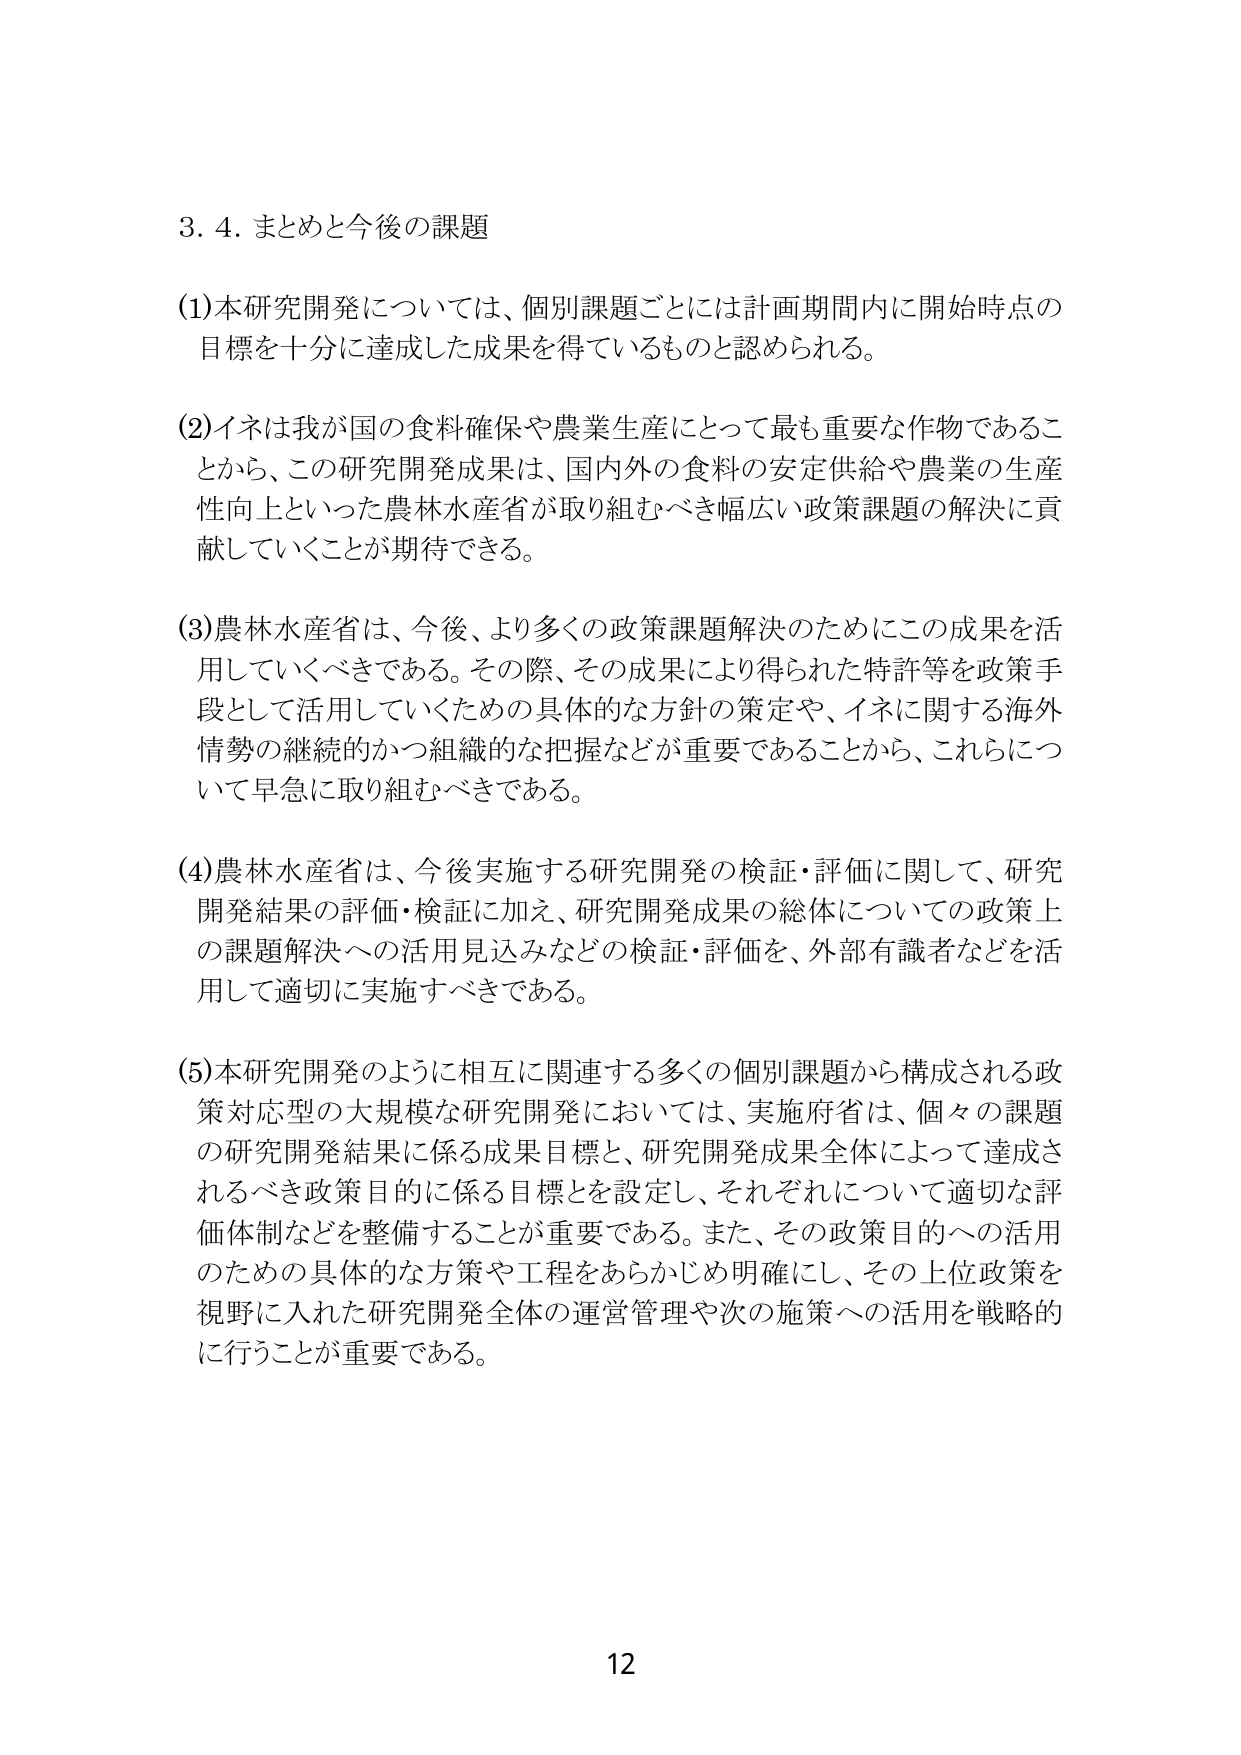
3. 4. まとめと今後の課題

(1) 本研究開発については、個別課題ごとには計画期間内に開始時点の目標を十分に達成した成果を得ているものと認められる。

(2) イネは我が国の食料確保や農業生産にとって最も重要な作物であることから、この研究開発成果は、国内外の食料の安定供給や農業の生産性向上といった農林水産省が取り組むべき幅広い政策課題の解決に貢献していくことが期待できる。

(3) 農林水産省は、今後、より多くの政策課題解決のためにこの成果を活用していくべきである。その際、その成果により得られた特許等を政策手段として活用していくための具体的な方針の策定や、イネに関する海外情勢の継続的かつ組織的な把握などが重要であることから、これらについて早急に取り組むべきである。

(4) 農林水産省は、今後実施する研究開発の検証・評価に関して、研究開発結果の評価・検証に加え、研究開発成果の総体についての政策上の課題解決への活用見込みなどの検証・評価を、外部有識者などを活用して適切に実施すべきである。

(5) 本研究開発のように相互に関連する多くの個別課題から構成される政策対応型の大規模な研究開発においては、実施府省は、個々の課題の研究開発結果に係る成果目標と、研究開発成果全体によって達成されるべき政策目的に係る目標を設定し、それぞれについて適切な評価体制などを整備することが重要である。また、その政策目的への活用のための具体的な方策や工程をあらかじめ明確にし、その上位政策を視野に入れた研究開発全体の運営管理や次の施策への活用を戦略的に行うことが重要である。

12